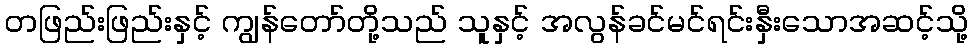
တဖြည်းဖြည်းနှင့် ကျွန်တော်တို့သည် သူနှင့် အလွန်ခင်မင်ရင်းနှီးသောအဆင့်သို့